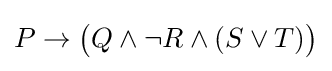
P\to {\big (}Q\land \neg R\land (S\lor T){\big )}